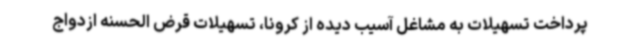
پرداخت تسهیلات به مشاغل آسیب دیده از کرونا، تسهیلات قرض الحسنه ازدواج